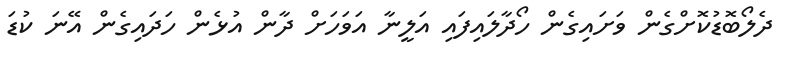
ދެލޯބޮޑުކޮށްގެން ވަށައިގެން ހޯދާލައިފައި އަލީނާ އަވަހަށް ދާން އުޅެން ހަދައިގެން އޭނަ ކުޑަ